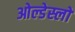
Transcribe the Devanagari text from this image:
ओल्डेस्लो